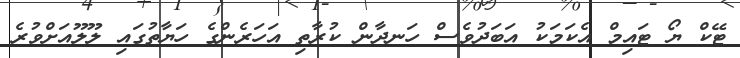
ޓޭކް ޔޯ ޓައިމް އެކަމަކު އަބަދުވެސް ހަނދާން ކުރާތި އަހަރެންގެ ހަޔާތުގައި ލޫލޫއަށްވުރެ